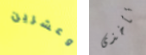
وعشرين تأخذى